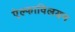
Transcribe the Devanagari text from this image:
ऐल्फाविलयन